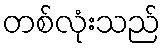
တစ်လုံးသည်